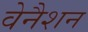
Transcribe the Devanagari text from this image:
वेनैशन